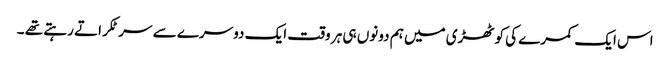
اس ایک کمرے کی کوٹھڑی میں ہم دونوں ہی ہر وقت ایک دوسرے سے سر ٹکراتے رہتے تھے ۔